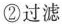
②过滤